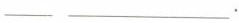
___ ___.